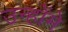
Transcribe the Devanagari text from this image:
उन्होंमे